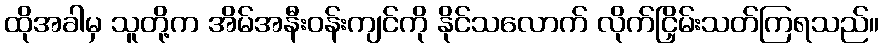
ထိုအခါမှ သူတို့က အိမ်အနီးဝန်းကျင်ကို နိုင်သလောက် လိုက်ငြှိမ်းသတ်ကြရသည်။